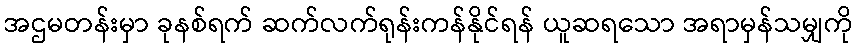
အဌမတန်းမှာ ခုနစ်ရက် ဆက်လက်ရုန်းကန်နိုင်ရန် ယူဆရသော အရာမှန်သမျှကို